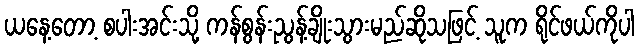
ယနေ့တော့ စပါးအင်းသို့ ကန်စွန်းညွန့်ချိုးသွားမည်ဆိုသဖြင့် သူက ရိုင်ဖယ်ကိုပါ